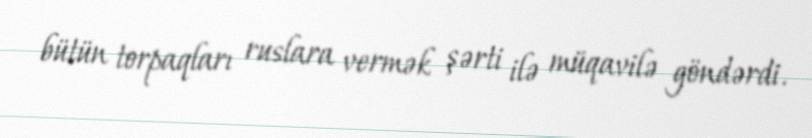
bütün torpaqları ruslara vermək şərti ilə müqavilə göndərdi.